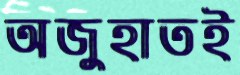
অজুহাতই